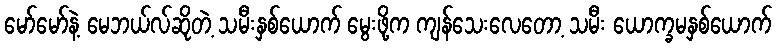
မော်မော်နဲ့ မေဘယ်လ်ဆိုတဲ့ သမီးနှစ်ယောက် မွေးဖို့က ကျန်သေးလေတော့ သမီး ယောက္ခမနှစ်ယောက်